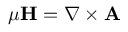
\mu \mathbf { H } = \nabla \times \mathbf { A }